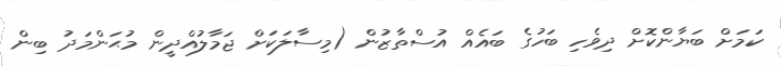
ކަމަށް ބަޔާންކޮށް ދިވެހި ބަހުގެ ބައެއް އުސްތާޒުން (މިސާލަކަށް ޖަމާލުއްދީން މުޙަންމަދު ބިން